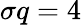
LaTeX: \sigma q=4